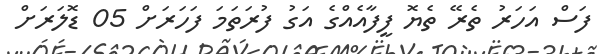
ފަސް އަހަރު ތެރޭ ތެޔޮ ފީފާއެއްގެ އަގު ފުރަތަމަ ފަހަރަށް 05 ޑޮލަރަށް